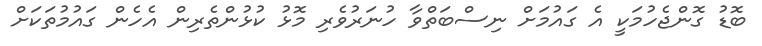
ބޮޑު ގޮންޖެހުމަކީ އެ ގައުމަށް ނިސްބަތްވާ ހުނަރުވެރި މޮޅު ކުޅުންތެރިން އެހެން ގައުމުތަކަށް